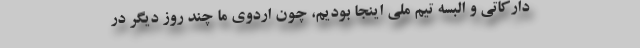
دارکاتی و البسه تیم ملی اینجا بودیم، چون اردوی ما چند روز دیگر در